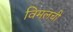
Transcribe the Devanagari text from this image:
विमलची